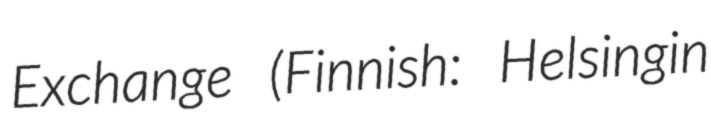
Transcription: Exchange (Finnish: Helsingin